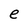
Character: e